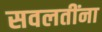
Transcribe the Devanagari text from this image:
सवलतींना